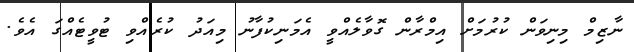
ނާޒިމް މިނިވަން ކުރުމަށް އިމްރާން ގޮވާލެއްވީ އެމަނިކުފާނު މިއަދު ކުރެއްވި ޓުވީޓެއްގަ އެވެ.